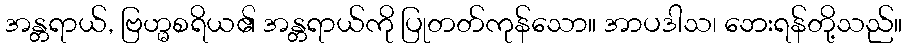
အန္တရာယ်, ဗြဟ္မစရိယ၏ အန္တရာယ်ကို ပြုတတ်ကုန်သော။ အာပဒါသ၊ ဘေးရန်တို့သည်။